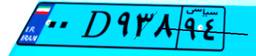
۸۶D۸۴۱۲۵